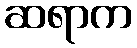
ဆရာက